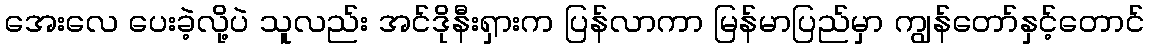
အေးလေ ပေးခဲ့လို့ပဲ သူလည်း အင်ဒိုနီးရှားက ပြန်လာကာ မြန်မာပြည်မှာ ကျွန်တော်နှင့်တောင်